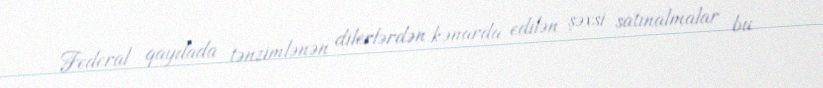
Federal qaydada tənzimlənən dilerlərdən kənarda edilən şəxsi satınalmalar bu